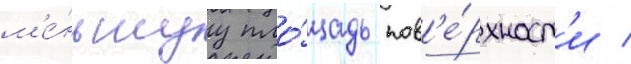
м'е́ньшуу пло́щадь пов'е́рхност'и /